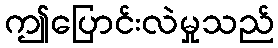
ဤပြောင်းလဲမှုသည်